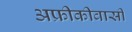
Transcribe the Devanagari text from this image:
अफ्रीकीवासी